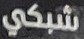
شبكي